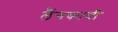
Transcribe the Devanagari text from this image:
लैंगकावी